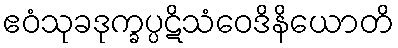
ဧဝံသုခဒုက္ခပ္ပဋိသံဝေဒိနိယောတိ